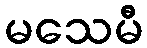
မသေမီ